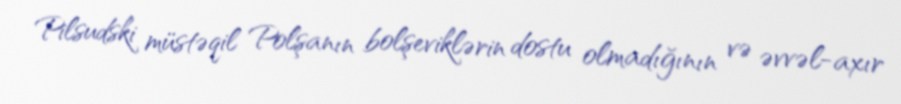
Pilsudski müstəqil Polşanın bolşeviklərin dostu olmadığının və əvvəl-axır